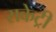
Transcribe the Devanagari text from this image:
राकेट्री